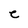
Character: C